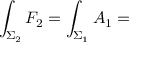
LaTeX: \int _ { \Sigma _ { 2 } } F _ { 2 } = \int _ { \Sigma _ { 1 } } A _ { 1 } =